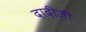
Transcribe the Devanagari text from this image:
दादीजी